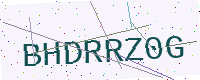
Text: BHDRRZ0G